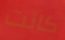
كانت